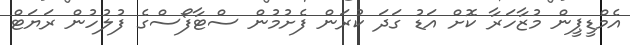
އެމްޑީޕީން މުޒާހަރާ ކޮށް އަޑު ގަދަ ކުރަން ފެށުމުން ސްޓާފޯސްގެ ފުލުހުން ރަޔަޓް